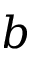
b